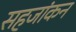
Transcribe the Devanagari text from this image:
सहजांकन